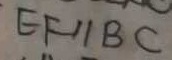
E F / / B C